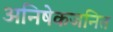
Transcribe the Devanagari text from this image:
अनिषेकजनित